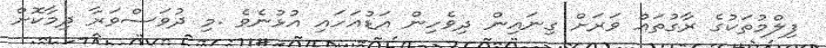
ފިލްމުތަކުގެ ރާގުތައް ވަރަށް ގިނައިން ދިވެހިން އަޑުއަހައި އުޅުނެވެ .މި ދުވަސްވަރާ ދިމާކޮށް